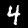
Digit: 4